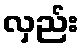
လှည်း